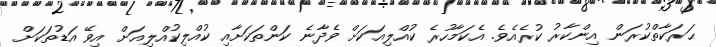
ޙަރަކާތްކުރަން އިންކާރު ކުރެއެވެ. އެކަމާހުރެ ކުއްލިއަކަށް ވެދާނެ ކަންތަކަށާއި ކުއްލިކުއްލިއަށް އިވޭ އަޑުތަކަށް